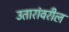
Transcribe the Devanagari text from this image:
उतारांवरील